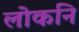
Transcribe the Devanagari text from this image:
लोकनि